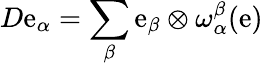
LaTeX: D\mathrm{e}_{\alpha}=\sum_{\beta}\mathrm{e}_{\beta}\otimes\omega_{\alpha}^{\beta}(\mathbf{{\mathrm{e}}})